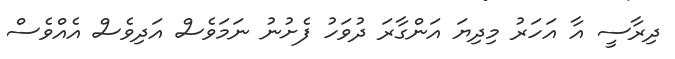
ދިރާސީ އާ އަހަރު މިދިޔަ އަންގާރަ ދުވަހު ފެށުނު ނަމަވެސް އަދިވެސް އެއްވެސް